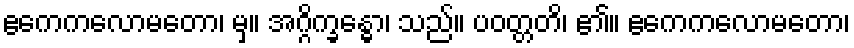
ဧကေကလောမတော၊ မှ။ အဂ္ဂိက္ခန္ဓော၊ သည်။ ပဝတ္တတိ၊ ၏။ ဧကေကလောမတော၊